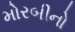
મોરબીનો